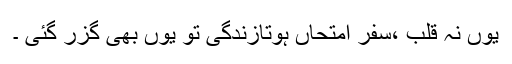
یوں نہ قلب ،سفر امتحاں ہوتازندگی تو یوں بھی گزر گئی ۔